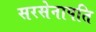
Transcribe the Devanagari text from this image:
सरसेनापति